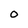
Character: 0